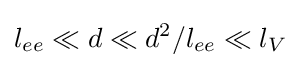
l_{ee}\ll d\ll d^{2}/l_{ee}\ll l_{V}